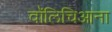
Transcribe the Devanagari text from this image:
वॉलिचिआना